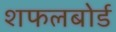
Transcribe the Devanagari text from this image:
शफलबोर्ड